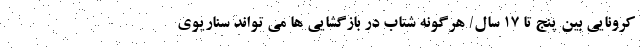
کرونایی بین پنج تا ۱۷ سال/ هرگونه شتاب در بازگشایی ها می تواند سناریوی